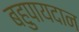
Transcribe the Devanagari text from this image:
बहुपायदान